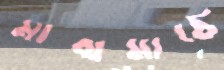
মাঝমাঠে